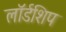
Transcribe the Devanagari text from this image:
लॉर्डशिप